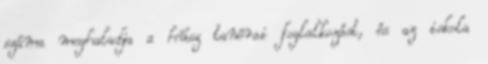
száma meghaladja a húsz tanórai foglalkozást, és az iskola